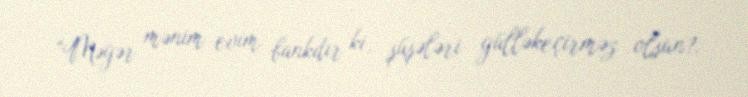
“Məgər mənim evim bankdır ki, şüşələri gülləkeçirməz olsun?.